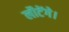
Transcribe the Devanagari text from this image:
लौटेंगे।